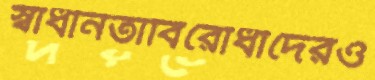
স্বাধীনতাবিরোধীদেরও